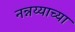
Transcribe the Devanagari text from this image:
नन्नय्याच्या